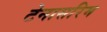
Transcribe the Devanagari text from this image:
टेनासरिम